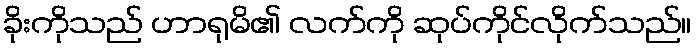
ခိုးကိုသည် ဟာရုမိ၏ လက်ကို ဆုပ်ကိုင်လိုက်သည်။